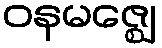
ဝနမဇ္ဈေ